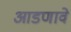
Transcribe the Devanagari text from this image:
आडणावे